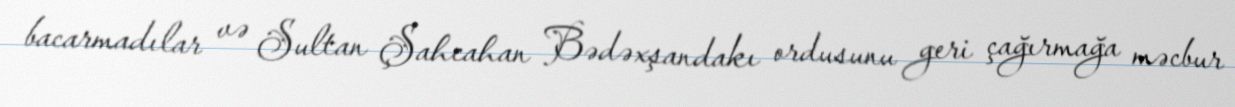
bacarmadılar və Sultan Şahcahan Bədəxşandakı ordusunu geri çağırmağa məcbur